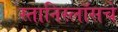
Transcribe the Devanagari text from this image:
स्तानिस्लॉसचे